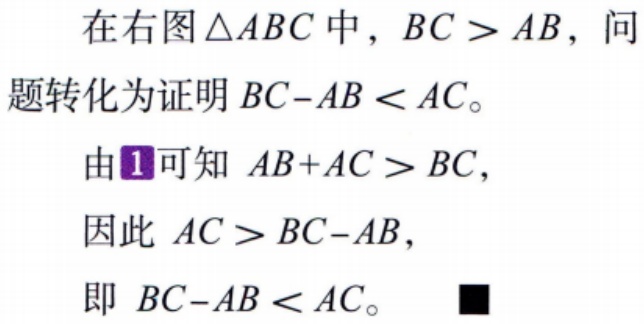
在右图\(\triangle ABC\)中，\(BC > AB\)，问题转化为证明\(BC - AB < AC\)。
由\(1\)可知 \(AB + AC > BC\)，
因此 \(AC > BC - AB\)，
即 \(BC - AB < AC\)。■